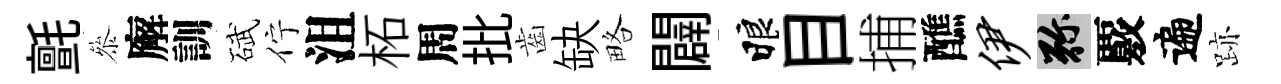
氈叅廨訓碔佇沮柘周批齒缺略闢睱目捕醮伊弥覈遍跡